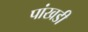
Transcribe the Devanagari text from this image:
पांखडी